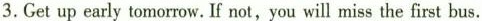
3.Get up early tomorrow. If not,you will miss the first bus.